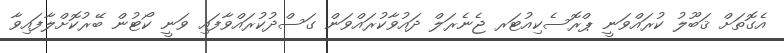
އެގޮތަށް ޤަބޫލު ކުރައްވަނީ ޕްރޮސެކިއުޓަރ ޖެނެރަލް ދައުވާކުރައްވަން ގަސްދުކުރައްވާފައި ވަނީ ކޯޓުން ބޭރުކޮށްލާފައިވާ